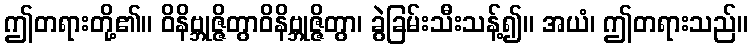
ဤတရားတို့၏။ ဝိနိဗ္ဘုဇ္ဇိတွာဝိနိဗ္ဘုဇ္ဇိတွာ၊ ခွဲခြမ်းသီးသန့်၍။ အယံ၊ ဤတရားသည်။